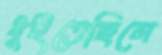
ধুইতেছিলে